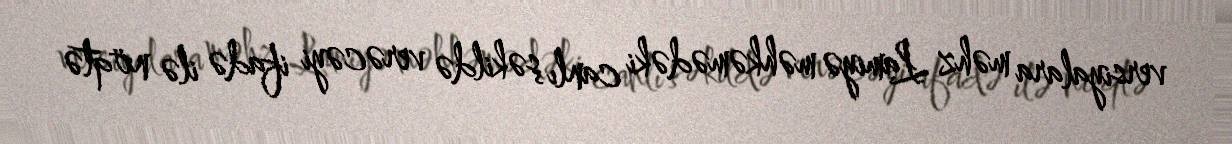
versiyalara məhz Lamiyə məhkəmədəki canlı şəkildə verəcəyi ifadə ilə nöqtə